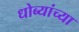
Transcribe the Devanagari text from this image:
धोब्यांच्या